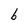
Character: b